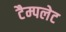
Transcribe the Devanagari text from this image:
टैम्पलेट